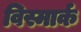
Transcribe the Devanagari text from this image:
विस्मार्क